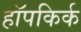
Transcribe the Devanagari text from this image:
हॉपकिर्क